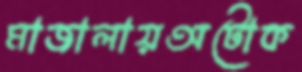
মাজালায়অটোক